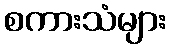
စကားသံများ